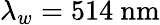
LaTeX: \lambda_{w}=514~\textrm{nm}